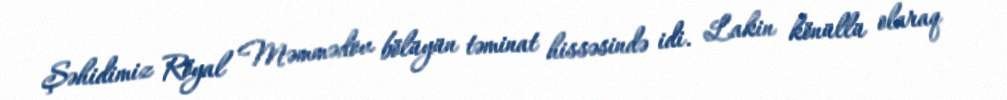
Şəhidimiz Röyal Məmmədov bölüyün təminat hissəsində idi. Lakin könüllü olaraq